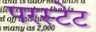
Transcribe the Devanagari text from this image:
परस्टेट